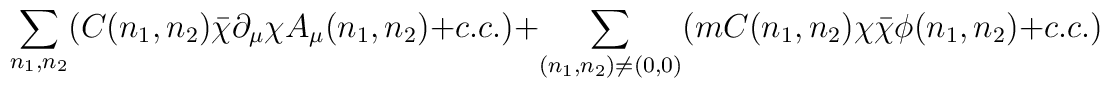
\sum_{n_1,n_2}(C(n_1,n_2) \bar{\chi}\partial_{\mu} \chi A_{\mu}(n_1,n_2)+c.c.) +\sum_{(n_1,n_2)\neq (0,0)}(m C(n_1,n_2) \chi \bar{\chi} \phi(n_1,n_2) + c.c.)